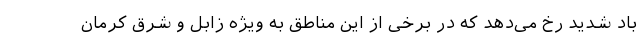
باد شدید رخ می‌دهد که در برخی از این مناطق به ویژه زابل و شرق کرمان